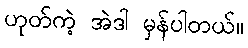
ဟုတ်ကဲ့ အဲဒါ မှန်ပါတယ်။